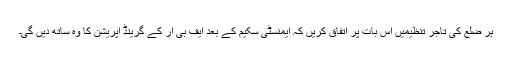
ہر ضلع کی تاجر تنظیمیں اس بات پر اتفاق کریں کہ ایمنسٹی سکیم کے بعد ایف بی آر کے گرینڈ آپریشن کا وہ ساتھ دیں گی۔